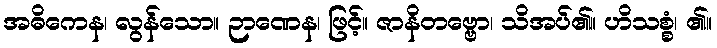
အဓိကေန၊ လွန်သော။ ဉာဏေန၊ ဖြင့်။ ဇာနိတဗ္ဗော၊ သိအပ်၏။ ဟိသစ္စံ၊ ၏။